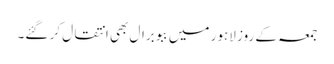
جمعہ کے روز لاہور میں ببو برال بھی انتقال کر گئے۔